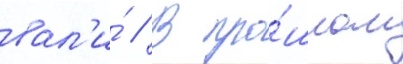
вал'и́ // В про́шлом